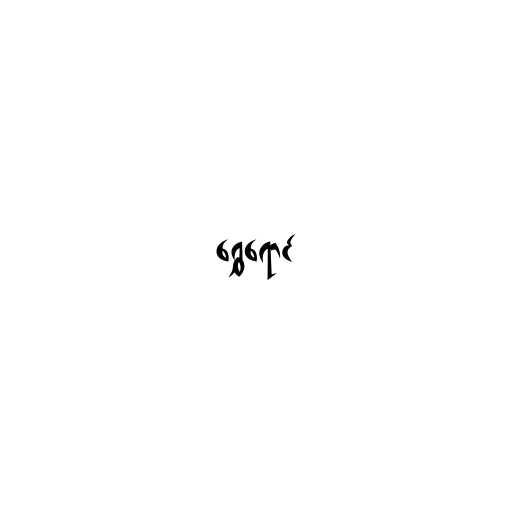
ရွှေရောင်